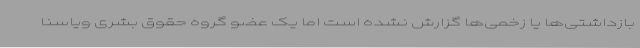
بازداشتی‌ها یا زخمی‌ها گزارش نشده است اما یک عضو گروه حقوق بشری ویاسنا